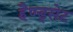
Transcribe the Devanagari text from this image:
हैण्ड्सेट